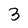
Character: 3